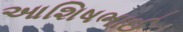
આશિષભાઈ